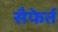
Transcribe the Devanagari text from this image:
सैफेर्त